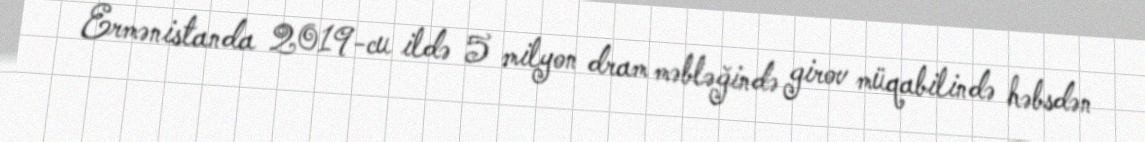
Ermənistanda 2019-cu ildə 5 milyon dram məbləğində girov müqabilində həbsdən